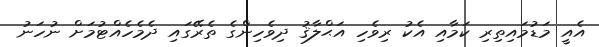
އެއީ މަޑުމައިތިރި ކަމާއި އެކު ރިވެހި އަޙްލާޤު ދިވެހިންގެ ތެރޭގައި ދެމެހެއްޓުމަށް ނުހަނު